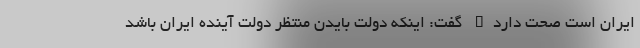
ایران است صحت دارد" گفت: اینکه دولت بایدن منتظر دولت آینده ایران باشد